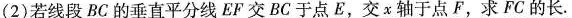
(2)若线段BC的垂直平分线 EF交BC于点E，交x轴于点F，求FC的长.